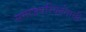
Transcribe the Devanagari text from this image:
समाजपरिवर्तनाची